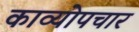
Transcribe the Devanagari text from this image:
काव्योपचार